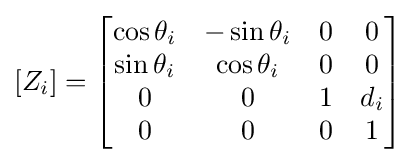
[Z_{i}]={\begin{bmatrix}\cos \theta _{i}&-\sin \theta _{i}&0&0\\\sin \theta _{i}&\cos \theta _{i}&0&0\\0&0&1&d_{i}\\0&0&0&1\end{bmatrix}}